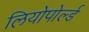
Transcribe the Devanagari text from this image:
लियोपोर्ल्ड